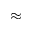
\approx